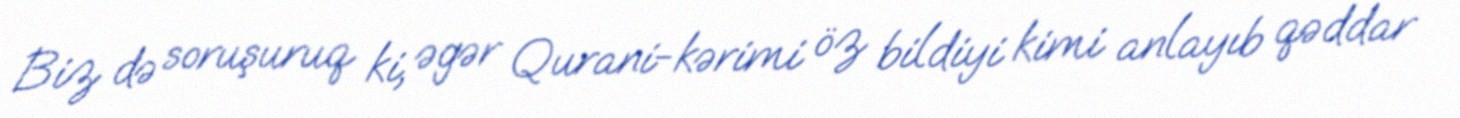
Biz də soruşuruq ki, əgər Qurani-kərimi öz bildiyi kimi anlayıb qəddar